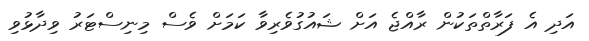
އަދި އެ ފަރާތްތަކުން ރާއްޖެ އަށް ޝައުގުވެރިވާ ކަމަށް ވެސް މިނިސްޓަރު ވިދާޅުވި